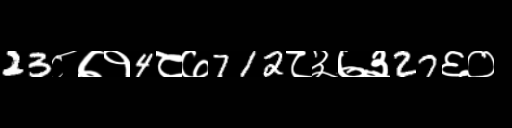
Text: 23८७१4८७712८३७३27६०